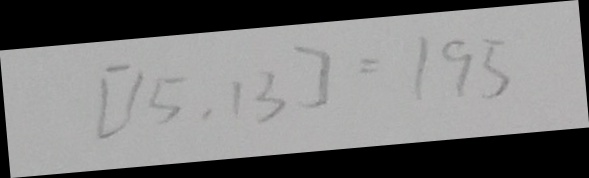
[ 1 5 , 1 3 ] = 1 9 5